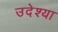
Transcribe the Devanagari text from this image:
उदेश्या